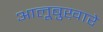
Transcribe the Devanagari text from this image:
आलूबुख़ारे